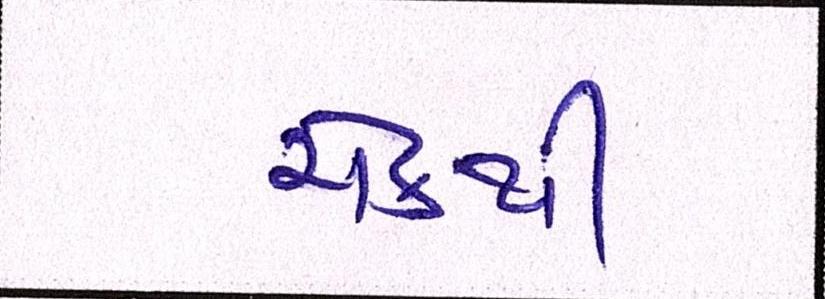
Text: ચેકથી